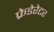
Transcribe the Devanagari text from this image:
फ्रेडेरेटर